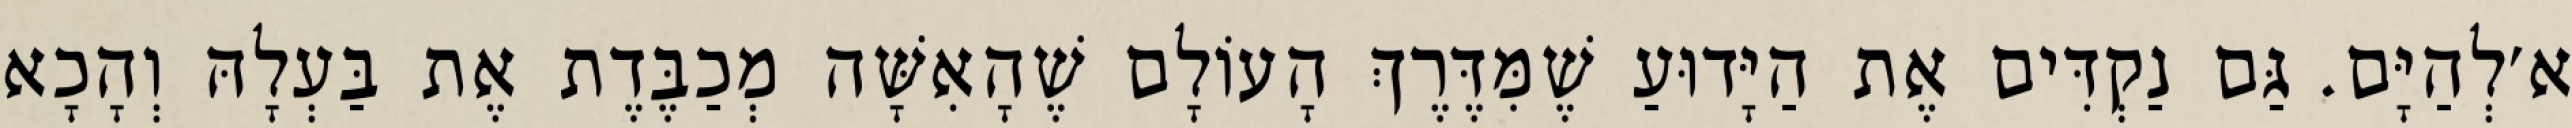
א׳לְהַיָּם. גַּם נַקְדִּים אֶת הַיָּדוּעַ שֶׁמִּדֶּרֶךְ הָעוֹלָם שֶׁהָאִשָּׁה מְכַבֶּדֶת אֶת בַּעְלָהּ וְהָכָא